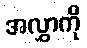
အလွှာကို